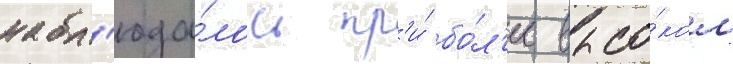
набл'юда́лось пр'и́ бо́л'ее высо́ком